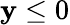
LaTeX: \mathbf{y}\leq0